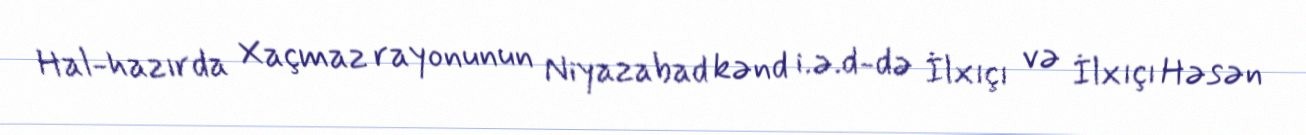
Hal-hazırda Xaçmaz rayonunun Niyazabad kənd i.ə.d-də İlxıçı və İlxıçı Həsən